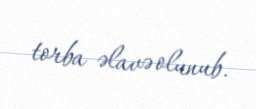
torba əlavə olunub.